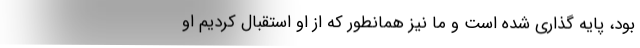
بود، پایه گذاری شده است و ما نیز همانطور که از او استقبال کردیم او